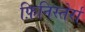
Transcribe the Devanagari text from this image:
फ़िनिस्तेर्रा